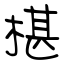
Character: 椹